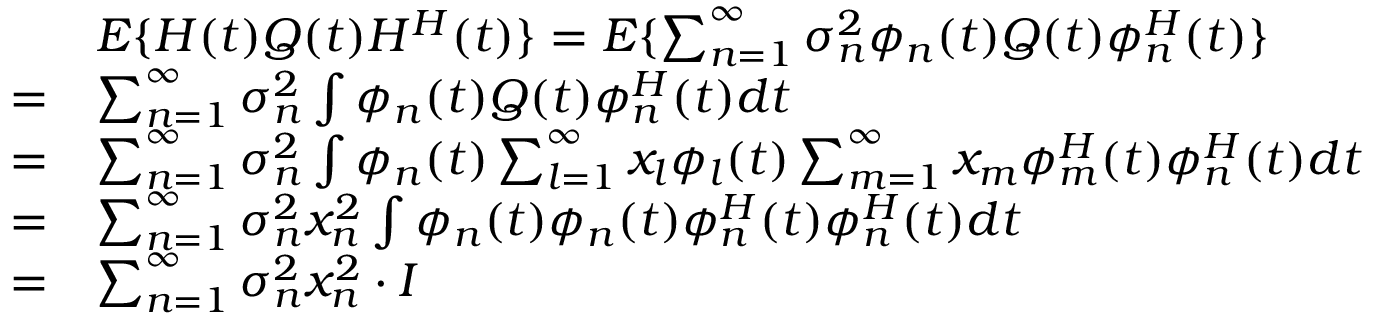
\begin{array} { r l } & { E \{ H ( t ) Q ( t ) H ^ { H } ( t ) \} = E \{ \sum _ { n = 1 } ^ { \infty } \sigma _ { n } ^ { 2 } \phi _ { n } ( t ) Q ( t ) \phi _ { n } ^ { H } ( t ) \} } \\ { = } & { \sum _ { n = 1 } ^ { \infty } \sigma _ { n } ^ { 2 } \int \phi _ { n } ( t ) Q ( t ) \phi _ { n } ^ { H } ( t ) d t } \\ { = } & { \sum _ { n = 1 } ^ { \infty } \sigma _ { n } ^ { 2 } \int \phi _ { n } ( t ) \sum _ { l = 1 } ^ { \infty } x _ { l } \phi _ { l } ( t ) \sum _ { m = 1 } ^ { \infty } x _ { m } \phi _ { m } ^ { H } ( t ) \phi _ { n } ^ { H } ( t ) d t } \\ { = } & { \sum _ { n = 1 } ^ { \infty } \sigma _ { n } ^ { 2 } x _ { n } ^ { 2 } \int \phi _ { n } ( t ) \phi _ { n } ( t ) \phi _ { n } ^ { H } ( t ) \phi _ { n } ^ { H } ( t ) d t } \\ { = } & { \sum _ { n = 1 } ^ { \infty } \sigma _ { n } ^ { 2 } x _ { n } ^ { 2 } \cdot I } \end{array}